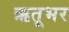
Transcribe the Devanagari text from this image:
ऋतूभर